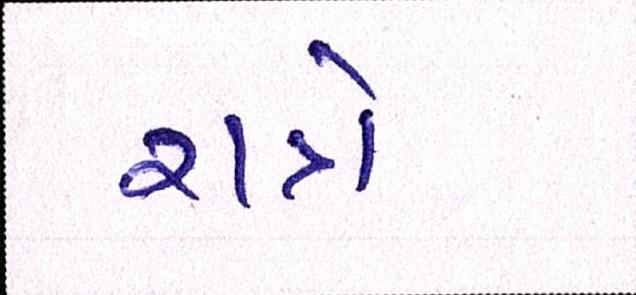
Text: રાત્રે